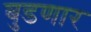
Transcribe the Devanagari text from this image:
बुडणार